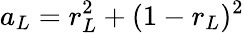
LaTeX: a_{L}=r_{L}^{2}+(1-r_{L})^{2}